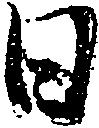
日